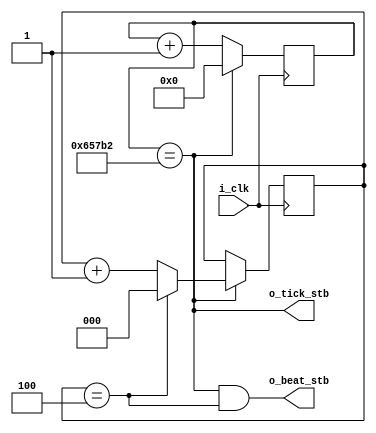
module timing_strobe_generator #(
  parameter CLOCKS_PER_TICK = 415_667 // 25MHz / 60Hz
) (
  input wire i_clk,
  output wire o_tick_stb,
  output wire o_beat_stb
);
  
  localparam TICK_WIDTH = $clog2(CLOCKS_PER_TICK);
  reg   [TICK_WIDTH-1:0]  r_tick_counter = 0;
  always @(posedge i_clk) begin
    if (r_tick_counter == CLOCKS_PER_TICK-1) begin
      r_tick_counter <= 0;
    end else begin
      r_tick_counter <= r_tick_counter + 1;
    end
  end
  assign o_tick_stb = (r_tick_counter == CLOCKS_PER_TICK-1);
  
  localparam  TICKS_PER_BEAT = 5;
  localparam  BEAT_WIDTH = $clog2(TICKS_PER_BEAT);
  reg   [BEAT_WIDTH-1:0]  r_beat_counter = 0;
  always @(posedge i_clk) begin
    if (o_tick_stb) begin
      if (r_beat_counter == TICKS_PER_BEAT-1) begin
        r_beat_counter <= 0;
      end else begin
        r_beat_counter <= r_beat_counter + 1;
      end
    end
  end
  assign o_beat_stb = o_tick_stb & (r_beat_counter == TICKS_PER_BEAT-1);

endmodule